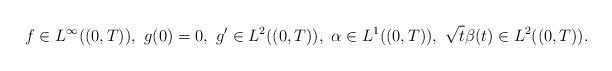
LaTeX: \begin{align*}f\in L^{\infty}( (0,T) ),\,\, g(0)=0,\,\, g'\in L^{2}( (0,T) ),\,\,\alpha\in L^{1}( (0,T) ),\,\,\sqrt{t}\beta(t)\in L^{2}( (0,T) ).\end{align*}